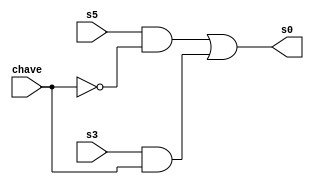
// ------------------------- 
// Exemplo0033 - LU and e or e nand e nor
// Nome: Felipe Pacifico 
// ------------------------- 
// ------------------------- 
// -- LU
// ------------------------- 
module cx1 (output [3:0] s0, 
			   input [3:0] s5, 
			   input [3:0] s3, 
			   input [3:0] chave); 
 assign s0 = (s5 & ~chave) | (s3 & chave); 
	endmodule // cx1
	
module cx2 (output [3:0] s1, 
	         input [3:0] s2, 
		      input [3:0] s4, 
		      input [3:0] chave); 
 assign s1 = (s2 & ~chave) | (s4 & chave); 
	endmodule // cx2
	
module orGate (output [3:0] s5, 
		  		   input [3:0] w, 
			  		input [3:0] x); 
 assign s5 = (w | x);         
 	endmodule // orGate 
	
module andGate (output [3:0] s2, 
			  		 input [3:0] w, 
			  		 input [3:0] x); 
 assign s2 = (w & x); 
	endmodule // andGate 
	
module norGate (output [3:0] s4, 
			  		 input [3:0] w, 
			  		 input [3:0] x); 
 assign s4 = ~(w | x);         
 	endmodule // norGate 
	
module nandGate (output [3:0] s3, 
			  		  input [3:0] w, 
			  		  input [3:0] x); 
 assign s3 = ~(w & x); 
	endmodule // nandGate 
	
	module test_LU; 
// ------------------------- definir dados 
	reg [3:0] w; 
	reg [3:0] x; 
	reg [3:0] chave; 
	
	wire [3:0] s0; 
	wire [3:0] s1; 
	wire [3:0] s2; 
	wire [3:0] s3; 
	wire [3:0] s4; 
	wire [3:0] s5; 
	
	orGate domada (s5, w, x);
	nandGate bilara (s3, w, x);
	andGate bonanza (s2, w, x);
	norGate pitanga (s4, w, x);
	cx1 fox (s0, s5, s3, chave);
	cx2 danubio (s1, s2, s4, chave);
	
// ------------------------- parte principal 
initial begin 
	$display("Exemplo0033 - Felipe Pacifico - 389868"); 
	$display("Test LU's module"); 
	
	w = 4'b0011; x = 4'b0101;
	#1 chave = 4'b1111;
	$monitor("\n%b (| ou ~&) %b chave %b = %b \n%b (~| ou &) %b chave %b = %b", w, x, chave, s0, w, x, chave, s1); 
	#2 chave = 4'b0000;
	
	w = 4'b0000; x = 4'b0000;
	#1 chave = 4'b1111;
	$monitor("\n%b (| ou ~&) %b chave %b = %b \n%b (~| ou &) %b chave %b = %b", w, x, chave, s0, w, x, chave, s1); 
	#2 chave = 4'b0000;
	
	w = 4'b0010; x = 4'b0001;
	#1 chave = 4'b1111;
	$monitor("\n%b (| ou ~&) %b chave %b = %b \n%b (~| ou &) %b chave %b = %b", w, x, chave, s0, w, x, chave, s1);
	#2 chave = 4'b0000;
	
	w = 4'b0001; x = 4'b0011;
	#1 chave = 4'b1111;
	$monitor("\n%b (| ou ~&) %b chave %b = %b \n%b (~| ou &) %b chave %b = %b", w, x, chave, s0, w, x, chave, s1); 
	#2 chave = 4'b0000;
	
	w = 4'b0101; x = 4'b0010;
	#1 chave = 4'b1111;
	$monitor("\n%b (| ou ~&) %b chave %b = %b \n%b (~| ou &) %b chave %b = %b", w, x, chave, s0, w, x, chave, s1); 
	#2 chave = 4'b0000;
	
	w = 4'b1010; x = 4'b0011;
	#1 chave = 4'b1111;
	$monitor("\n%b (| ou ~&) %b chave %b = %b \n%b (~| ou &) %b chave %b = %b", w, x, chave, s0, w, x, chave, s1);
	#2 chave = 4'b0000;
	
	w = 4'b1001; x = 4'b0011;
	#1 chave = 4'b1111;
	$monitor("\n%b (| ou ~&) %b chave %b = %b \n%b (~| ou &) %b chave %b = %b", w, x, chave, s0, w, x, chave, s1); 
	#2 chave = 4'b0000;
end 
endmodule // test_f5 

// ------------------------- testes

/*
Test LU's module

0011 (| ou ~&) 0101 chave 1111 = 1110 
0011 (~| ou &) 0101 chave 1111 = 1000

0000 (| ou ~&) 0000 chave 0000 = 0000 
0000 (~| ou &) 0000 chave 0000 = 0000

0000 (| ou ~&) 0000 chave 1111 = 1111 
0000 (~| ou &) 0000 chave 1111 = 1111

0010 (| ou ~&) 0001 chave 0000 = 0011 
0010 (~| ou &) 0001 chave 0000 = 0000

0010 (| ou ~&) 0001 chave 1111 = 1111 
0010 (~| ou &) 0001 chave 1111 = 1100

0001 (| ou ~&) 0011 chave 0000 = 0011 
0001 (~| ou &) 0011 chave 0000 = 0001

0001 (| ou ~&) 0011 chave 1111 = 1110 
0001 (~| ou &) 0011 chave 1111 = 1100

0101 (| ou ~&) 0010 chave 0000 = 0111 
0101 (~| ou &) 0010 chave 0000 = 0000

0101 (| ou ~&) 0010 chave 1111 = 1111 
0101 (~| ou &) 0010 chave 1111 = 1000

1010 (| ou ~&) 0011 chave 0000 = 1011 
1010 (~| ou &) 0011 chave 0000 = 0010

1010 (| ou ~&) 0011 chave 1111 = 1101 
1010 (~| ou &) 0011 chave 1111 = 0100

1001 (| ou ~&) 0011 chave 0000 = 1011 
1001 (~| ou &) 0011 chave 0000 = 0001

1001 (| ou ~&) 0011 chave 1111 = 1110 
1001 (~| ou &) 0011 chave 1111 = 0100

1001 (| ou ~&) 0011 chave 0000 = 1011 
1001 (~| ou &) 0011 chave 0000 = 0001
*/